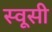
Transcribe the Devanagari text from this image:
स्वूसी